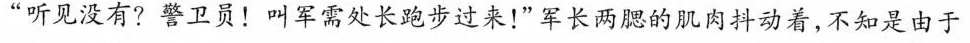
”听见没有?警卫员！叫军需处长跑步过来！”军长两腮的肌肉抖动着，不知是由于